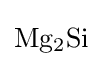
{\mathrm {Mg} {\vphantom {A}}_{\smash[{t}]{2}}\mathrm {Si} }